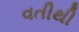
વતીથી